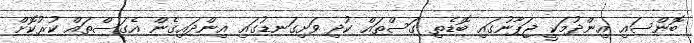
ބޮންސައި އިންދުމަކީ ޖަޕާނުގައި ބޮޑެތި ގަސްތައް ކުދި ވަށިގަނޑުގައި އިންދައިގެން އެގަސްތައް ކުރުކޮށް